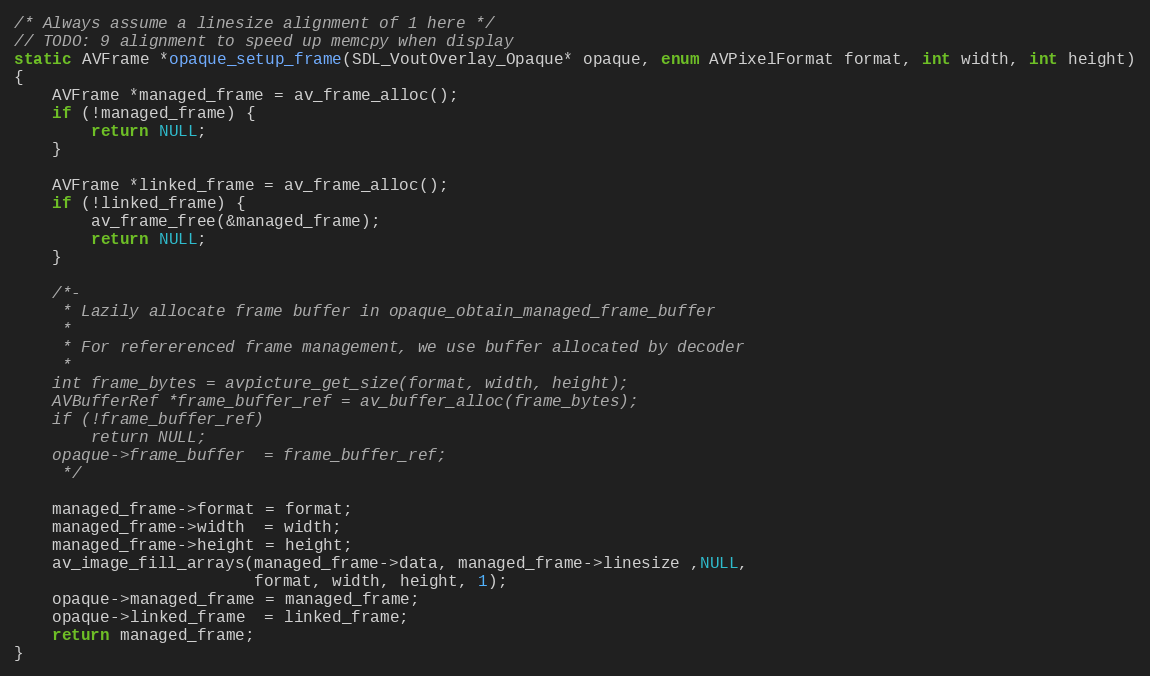
Language: C
/* Always assume a linesize alignment of 1 here */
// TODO: 9 alignment to speed up memcpy when display
static AVFrame *opaque_setup_frame(SDL_VoutOverlay_Opaque* opaque, enum AVPixelFormat format, int width, int height)
{
    AVFrame *managed_frame = av_frame_alloc();
    if (!managed_frame) {
        return NULL;
    }

    AVFrame *linked_frame = av_frame_alloc();
    if (!linked_frame) {
        av_frame_free(&managed_frame);
        return NULL;
    }

    /*-
     * Lazily allocate frame buffer in opaque_obtain_managed_frame_buffer
     *
     * For refererenced frame management, we use buffer allocated by decoder
     *
    int frame_bytes = avpicture_get_size(format, width, height);
    AVBufferRef *frame_buffer_ref = av_buffer_alloc(frame_bytes);
    if (!frame_buffer_ref)
        return NULL;
    opaque->frame_buffer  = frame_buffer_ref;
     */

    managed_frame->format = format;
    managed_frame->width  = width;
    managed_frame->height = height;
    av_image_fill_arrays(managed_frame->data, managed_frame->linesize ,NULL,
                         format, width, height, 1);
    opaque->managed_frame = managed_frame;
    opaque->linked_frame  = linked_frame;
    return managed_frame;
}